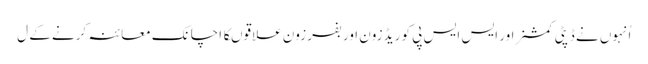
اُنہوں نے ڈپٹی کمشنر اور ایس ایس پی کو ریڈ زون اور بفر زون علاقوںکا اچانک معائنہ کرنے کے ل